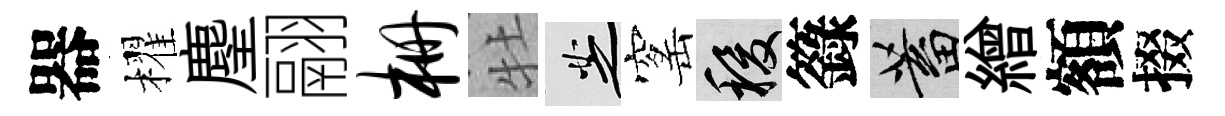
器櫂麈翮栅牡芝窰稷籙蓄繒額掇